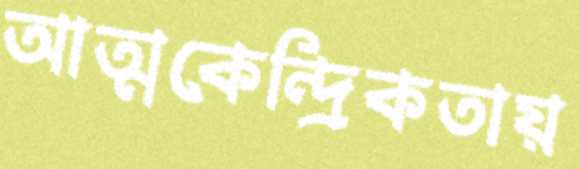
আত্মকেন্দ্রিকতায়